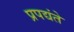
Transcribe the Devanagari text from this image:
प्रपद्यंते